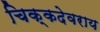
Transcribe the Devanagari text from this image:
चिक्कदेवराय